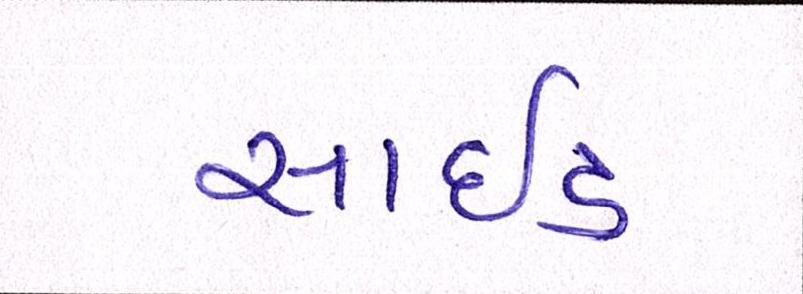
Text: સાઈડ